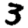
Digit: 3